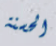
الحسنة